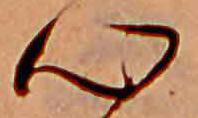
心